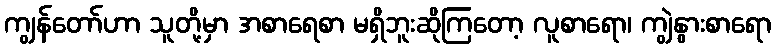
ကျွန်တော်ဟာ သူတို့မှာ အစာရေစာ မရှိဘူးဆိုကြတော့ လူစာရော၊ ကျွဲနွားစာရော